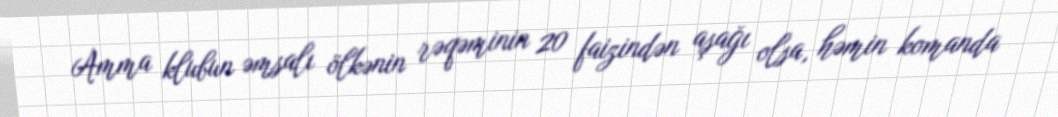
Amma klubun əmsalı ölkənin rəqəminin 20 faizindən aşağı olsa, həmin komanda